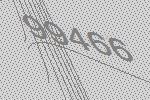
99466